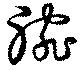
腕